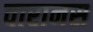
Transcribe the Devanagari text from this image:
वारानस